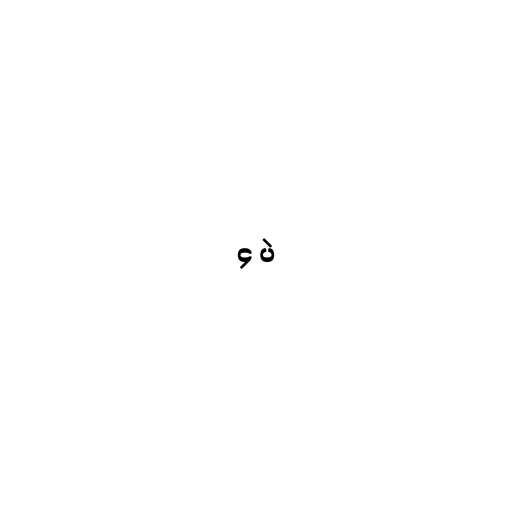
၄ ပဲ